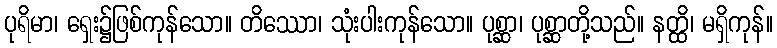
ပုရိမာ၊ ရှေး၌ဖြစ်ကုန်သော။ တိဿော၊ သုံးပါးကုန်သော။ ပုစ္ဆာ၊ ပုစ္ဆာတို့သည်။ နတ္ထိ၊ မရှိကုန်။